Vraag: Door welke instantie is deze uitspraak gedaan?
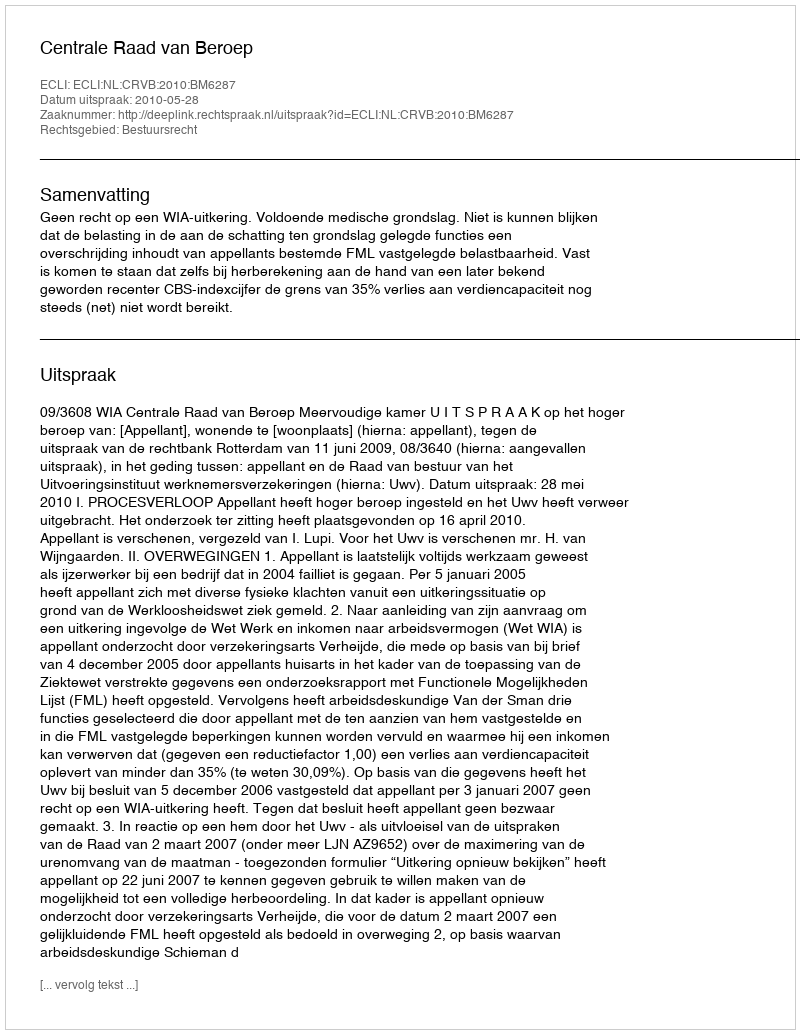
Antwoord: Centrale Raad van Beroep